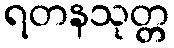
ရတနသုတ္တ